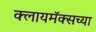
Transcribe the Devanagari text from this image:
क्लायमॅक्सच्या